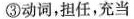
③动词，担任，充当